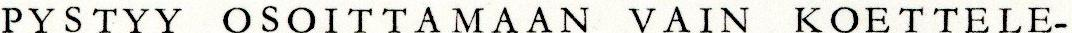
PYSTYY OSOITTAMAAN VAIN KOETTELE-